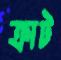
ক্রাট